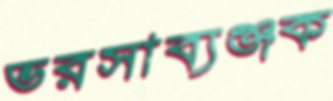
ভরসাব্যঞ্জক